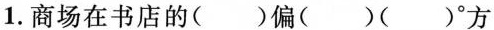
1.商场在书店的( )偏( )( )°方